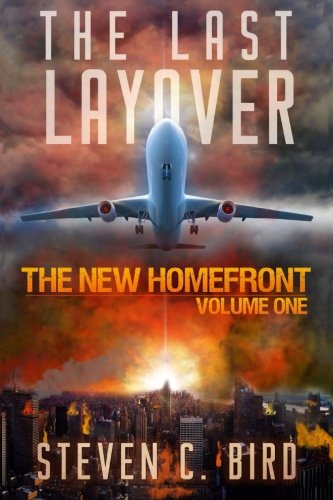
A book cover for The Last Layover: The New Homefront, Volume 1; Steven C Bird; Science Fiction & Fantasy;